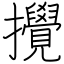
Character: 攪